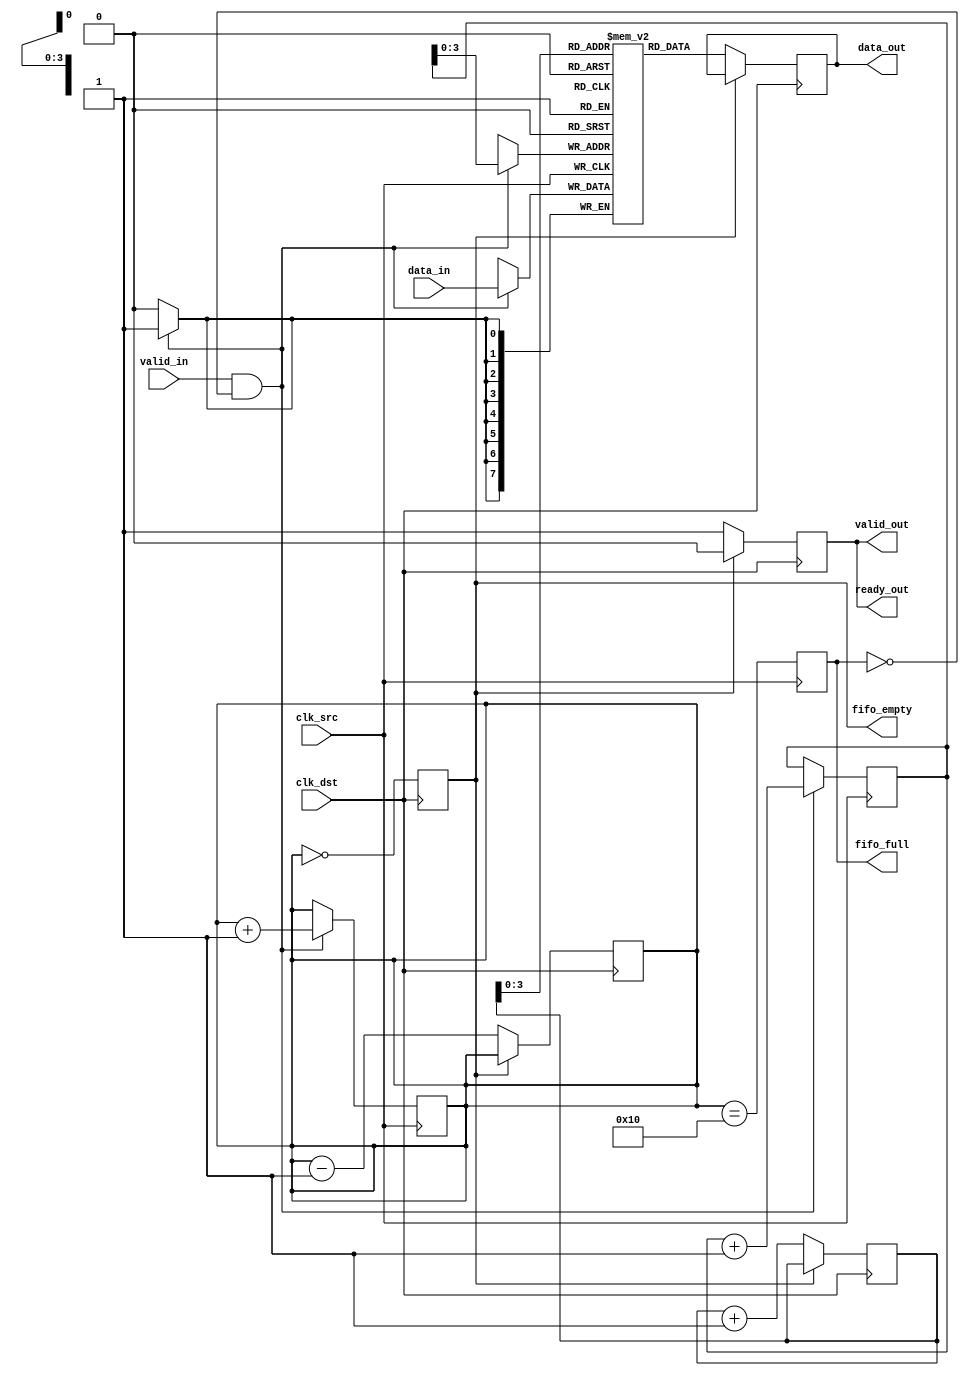
module memory_blocks_pipeline_synchronizer #(
    parameter DATA_WIDTH = 8,
    parameter FIFO_DEPTH = 16
)(
    input wire clk_src,                // Source clock
    input wire clk_dst,                // Destination clock
    input wire [DATA_WIDTH-1:0] data_in, // Data input from upstream
    input wire valid_in,               // Valid signal for input data
    output reg ready_out,              // Ready signal for input data
    output reg [DATA_WIDTH-1:0] data_out, // Data output to downstream
    output reg valid_out,              // Valid signal for output data
    output reg fifo_full,              // FIFO full indicator
    output reg fifo_empty              // FIFO empty indicator
);

    // FIFO buffer and pointers
    reg [DATA_WIDTH-1:0] fifo [0:FIFO_DEPTH-1];
    reg [4:0] write_ptr;               // Write pointer
    reg [4:0] read_ptr;                // Read pointer
    reg [4:0] fifo_count;              // Number of items in FIFO

    // Synchronization flip-flops for valid signal
    reg valid_in_sync1, valid_in_sync2;

    // Write logic (on source clock)
    always @(posedge clk_src) begin
        if (valid_in && !fifo_full) begin
            fifo[write_ptr] <= data_in; // Write data to FIFO
            write_ptr <= write_ptr + 1; // Increment write pointer
            fifo_count <= fifo_count + 1; // Increment FIFO count
        end
        // Update full flag
        fifo_full <= (fifo_count == FIFO_DEPTH);
    end

    // Read logic (on destination clock)
    always @(posedge clk_dst) begin
        if (!fifo_empty) begin
            data_out <= fifo[read_ptr]; // Read data from FIFO
            read_ptr <= read_ptr + 1; // Increment read pointer
            fifo_count <= fifo_count - 1; // Decrement FIFO count
        end
        // Update empty flag
        fifo_empty <= (fifo_count == 0);
    end

    // Valid signal synchronization
    always @(posedge clk_src) begin
        valid_in_sync1 <= valid_in;
        valid_in_sync2 <= valid_in_sync1;
    end

    // Control logic for output valid and ready signals
    always @(posedge clk_dst) begin
        if (!fifo_empty) begin
            valid_out <= 1'b1; // Data is valid to output
            ready_out <= 1'b1; // Indicate ready to accept data
        end else begin
            valid_out <= 1'b0; // No valid data
            ready_out <= 1'b0; // Not ready to accept data
        end
    end

    // Initialize pointers and flags
    initial begin
        write_ptr = 0;
        read_ptr = 0;
        fifo_count = 0;
        fifo_full = 1'b0;
        fifo_empty = 1'b1;
        valid_out = 1'b0;
        ready_out = 1'b0;
    end

endmodule